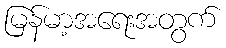
မြန်မာ့အရေးအတွက်